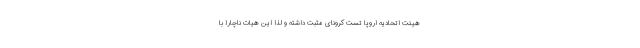
هیئت اتحادیه اروپا تست کرونای مثبت داشته و لذا این هیات ناچارا با